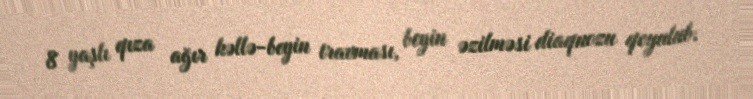
8 yaşlı qıza ağır kəllə-beyin travması, beyin əzilməsi diaqnozu qoyulub.